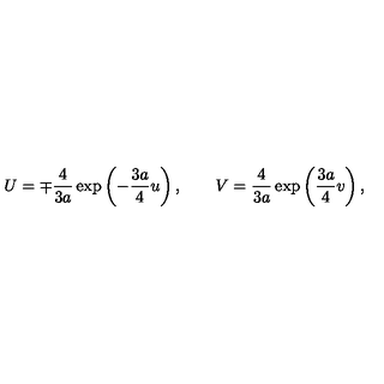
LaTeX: U = \mp \frac { 4 } { 3 a } \exp \left( - \frac { 3 a } { 4 } u \right) , \quad \quad V = \frac { 4 } { 3 a } \exp \left( \frac { 3 a } { 4 } v \right) ,